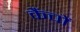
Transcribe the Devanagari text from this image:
कैंचों